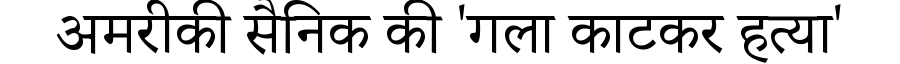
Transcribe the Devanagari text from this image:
अमरीकी सैनिक की 'गला काटकर हत्या'